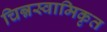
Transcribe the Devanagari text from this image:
चिन्नस्वामिकृत